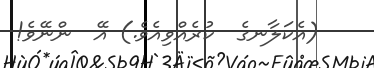
(އެކަލާނގެ  ކުރެއްވިއެވެ.) އޭ  ންނޭވެ!